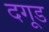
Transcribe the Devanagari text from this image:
दगूड